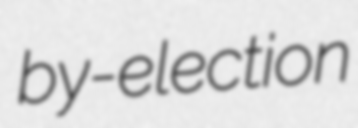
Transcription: by-election